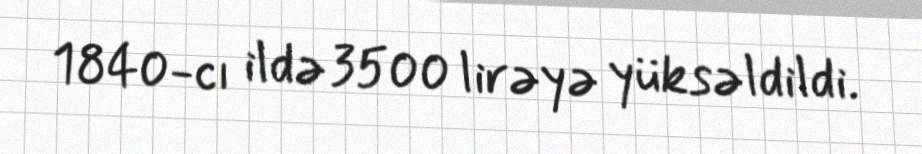
1840-cı ildə 3500 lirəyə yüksəldildi.